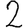
Digit: 2